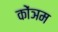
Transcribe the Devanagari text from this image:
कोंञम